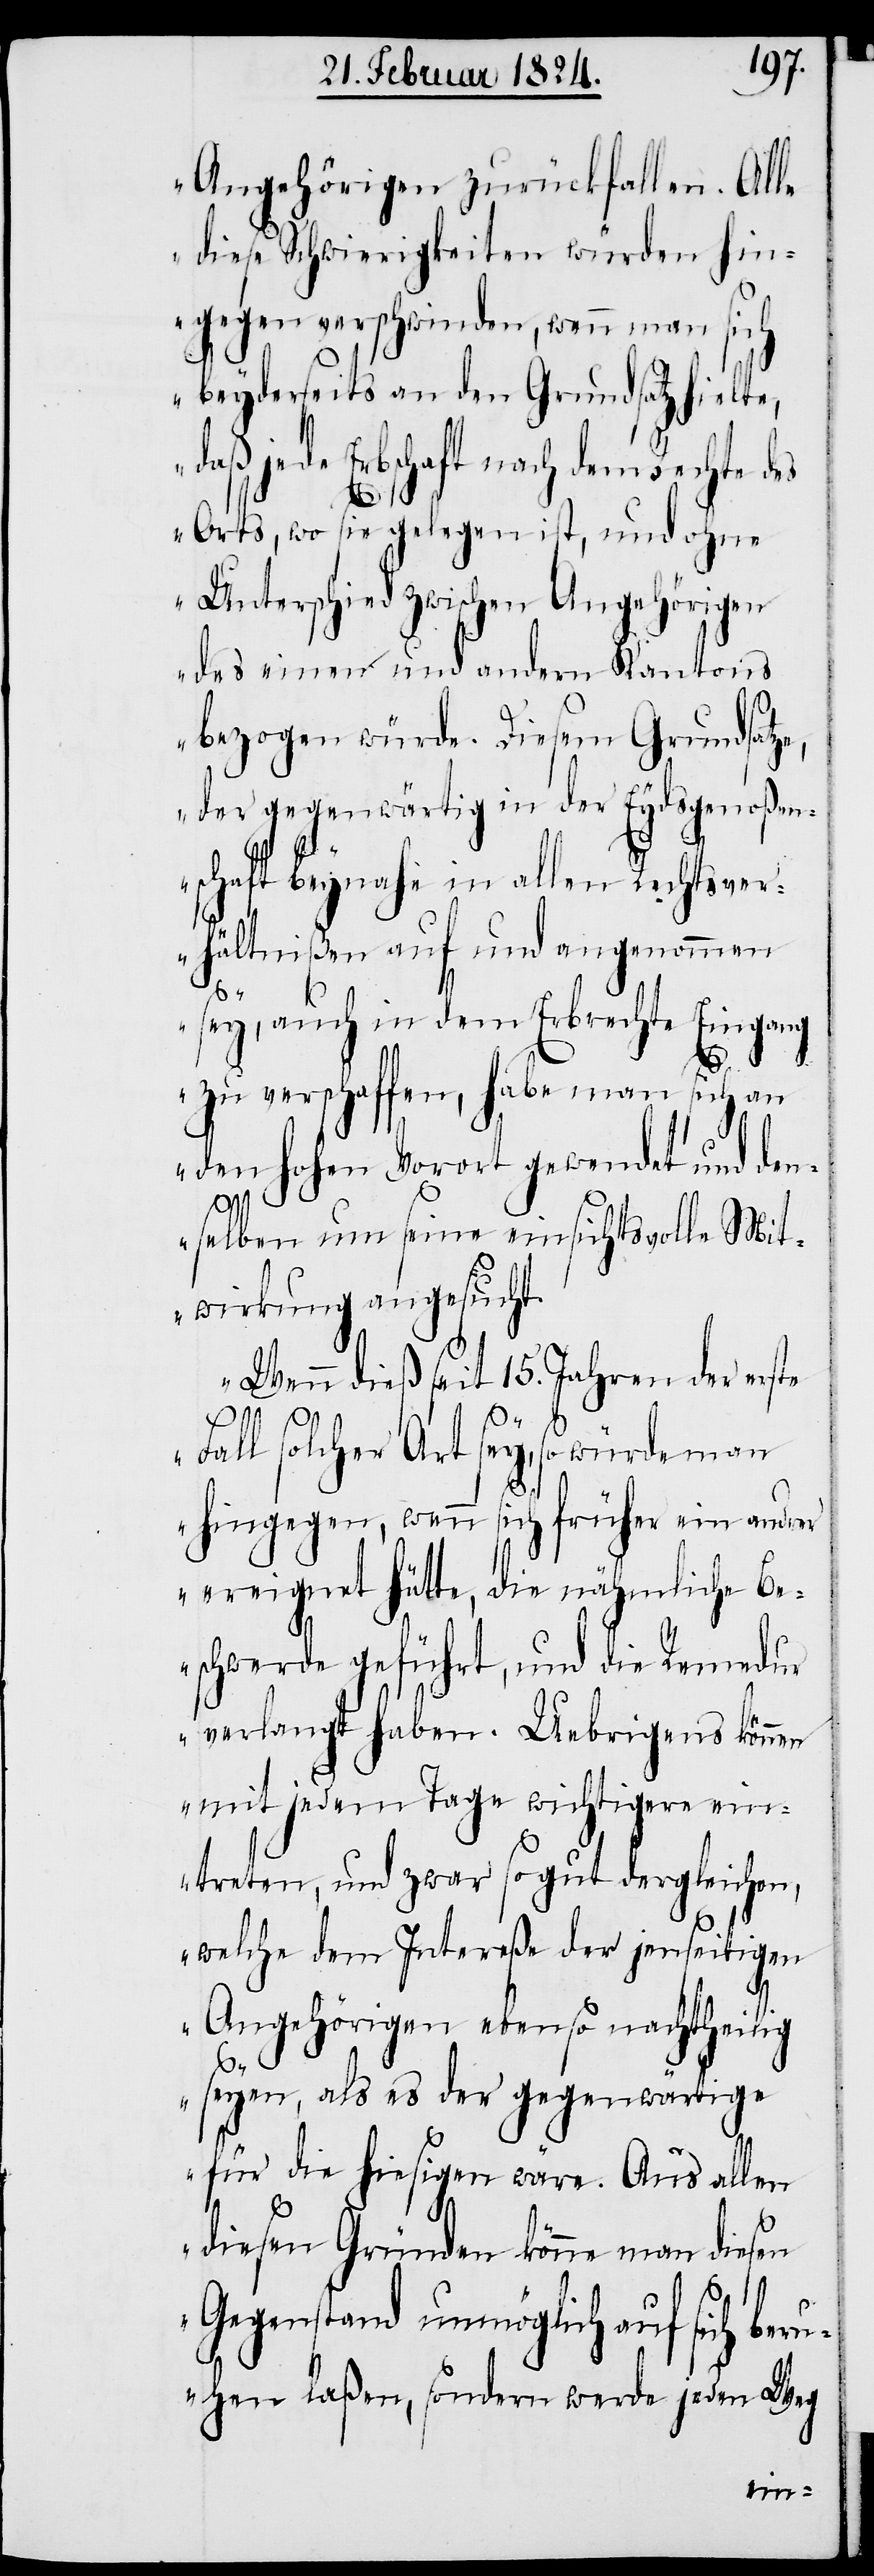
Angehörigen zurückfallen. Alle
diese Schwierigkeiten würden hin¬
gegen verschwinden, wenn man sich
beyderseits an den Grundsatz hielte,
daß jede Erbschaft nach dem Rechte des
Orts, wo sie gelegen ist, und ohne
Unterschied zwischen Angehörigen
des einen und andern Kantons
bezogen würde. Diesem Grundsatze,
der gegenwärtig in der Eydsgenoßen¬
schaft beynahe in allen Rechtsver¬
hältnißen auf und angenommen
sey, auch in dem Erbrechte Eingang
zu verschaffen, habe man sich an
den hohen Vorort gewendet und den¬
selben um seine einsichtsvolle Mit¬
wirkung angesucht.
Wenn dies seit 15. Jahren der erste
Fall solcher Art sey, so würde man
hingegen, wenn sich früher ein andrer
ereignet hätte, die nähmliche Be¬
schwerde geführt, und die Remedur
verlangt haben. Uebrigens können
mit jedem Tage wichtigere ein¬
treten, und zwar so gut dergleichen,
welche dem Intereße der jenseitigen
Angehörigen ebenso nachtheilig
seyen, als er der gegenwärtige
für die hiesigen wäre. Aus allen
diesen Gründen könne man diesen
Gegenstand unmöglich auf sich ber¬
uhen laßen, sondern werde jeden Weg